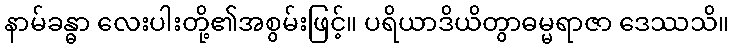
နာမ်ခန္ဓာ လေးပါးတို့၏အစွမ်းဖြင့်။ ပရိယာဒိယိတွာဓမ္မရာဇာ ဒေဿသိ။